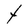
Character: t